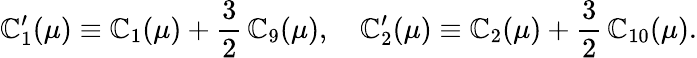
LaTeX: \mathbb{C}_{1}^{\prime}(\mu)\equiv\mathbb{C}_{1}(\mu)+\frac{{3}}{{2}}\, \mathbb{C}_{9}(\mu),\quad\mathbb{C}_{2}^{\prime}(\mu)\equiv\mathbb{C}_{2}(\mu)+\frac{{3}}{{2}}\, \mathbb{C}_{10}(\mu).